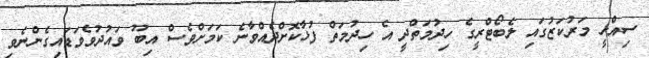
ސިއްހީ މަރުކަޒުގައި ލެބޯޓްރީގެ ހިދުމަތްދީ އެ ހިދުމަތް ފުޅާކޮށްދެއްވާނެ ކަމަށްވެސް އިބޫ ވައުދުވެވަޑައިގެންނެވި